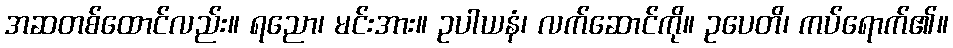
အဆတစ်ထောင်လည်း။ ရညော၊ မင်းအား။ ဥပါယနံ၊ လက်ဆောင်ကို။ ဥပေတိ၊ ကပ်ရောက်၏။